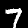
Label: 7